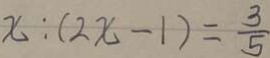
x : ( 2 x - 1 ) = \frac { 3 } { 5 }